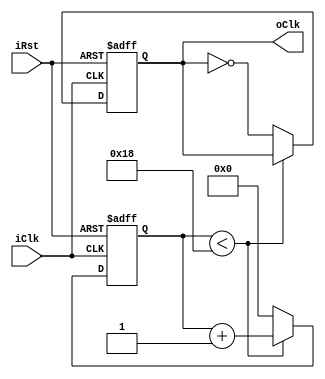
/****************************************************************
	Arquivo: divide_50.v
	Descrio:
	Divide um sinal de clock por fator de 50.
***************************************************************/

module divide_50
(
	iClk,
	iRst,
	oClk
);

input wire iClk, iRst;
output reg oClk = 1'b0;
reg [4:0] counter = 5'h0;

always @(posedge iClk or negedge iRst) begin
	
	if (~iRst) begin
		counter <= 5'b0;
		oClk <= 1'b0;
	end
	else if (counter < 5'd24) begin
		counter <= counter + 5'b1;
	end
	else begin
		oClk = ~oClk;
		counter <= 5'b0;
	end
end

endmodule